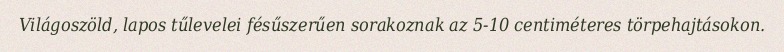
Világoszöld, lapos tűlevelei fésűszerűen sorakoznak az 5-10 centiméteres törpehajtásokon.